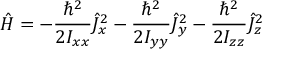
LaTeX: { \hat { H } } = - { \frac { \hbar ^ { 2 } } { 2 I _ { x x } } } { \hat { J } } _ { x } ^ { 2 } - { \frac { \hbar ^ { 2 } } { 2 I _ { y y } } } { \hat { J } } _ { y } ^ { 2 } - { \frac { \hbar ^ { 2 } } { 2 I _ { z z } } } { \hat { J } } _ { z } ^ { 2 }